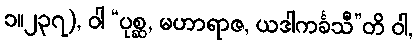
၁။၂၃၇), ဝါ “ပုစ္ဆ, မဟာရာဇ, ယဒါကင်္ခသီ”တိ ဝါ,